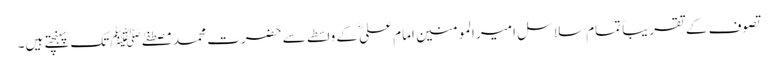
تصوف کے تقریباً تمام سلاسل امیر المومنین امام علیؓ کے واسطے سے حضرت محمد مصطفےٰ ﷺ تک پہنچتے ہیں۔